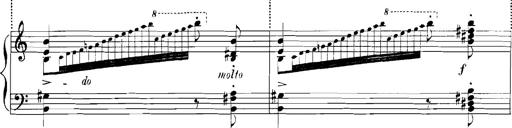
Title: Rhapsodies hongroises
Composer: Franz Liszt